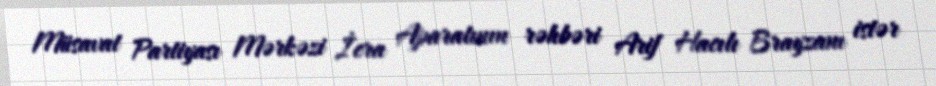
Müsavat Partiyası Mərkəzi İcra Aparatının rəhbəri Arif Hacılı Brayzanı istər